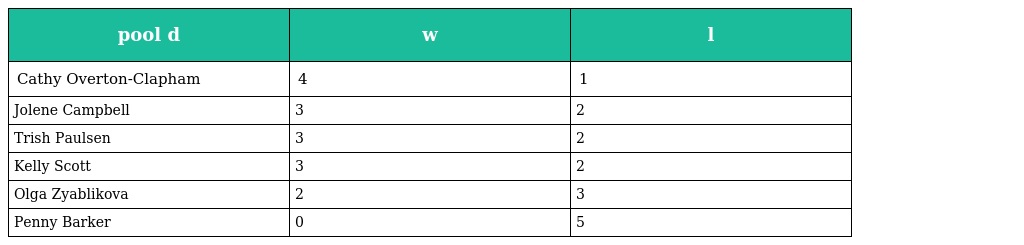
| pool d | w | l |
 | --- | --- | --- |
 | Cathy Overton-Clapham | 4 | 1 |
 | Jolene Campbell | 3 | 2 |
 | Trish Paulsen | 3 | 2 |
 | Kelly Scott | 3 | 2 |
 | Olga Zyablikova | 2 | 3 |
 | Penny Barker | 0 | 5 |